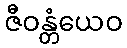
ဇီဝန္တံယေဝ